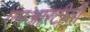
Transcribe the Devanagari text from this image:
एमआरटीसी